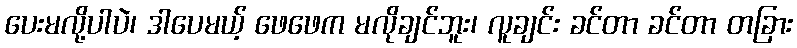
ပေးမလို့ပါပဲ၊ ဒါပေမယ့် ဖေဖေက မလိုချင်ဘူး၊ လူချင်း ခင်တာ ခင်တာ တခြား